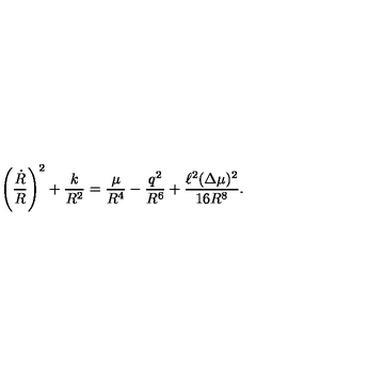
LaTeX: \left( \frac { \dot { R } } { R } \right) ^ { 2 } + \frac { k } { R ^ { 2 } } = \frac { \mu } { R ^ { 4 } } - \frac { q ^ { 2 } } { R ^ { 6 } } + \frac { \ell ^ { 2 } ( \Delta \mu ) ^ { 2 } } { 1 6 R ^ { 8 } } .